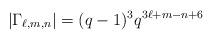
LaTeX: \begin{align*} |\Gamma_{\ell,m,n}|=(q-1)^3q^{3\ell+m-n+6} \end{align*}